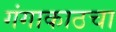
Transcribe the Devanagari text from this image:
गंगाकाठचा